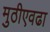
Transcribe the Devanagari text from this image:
मुठीएवढा